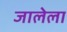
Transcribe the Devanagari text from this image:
जालेला